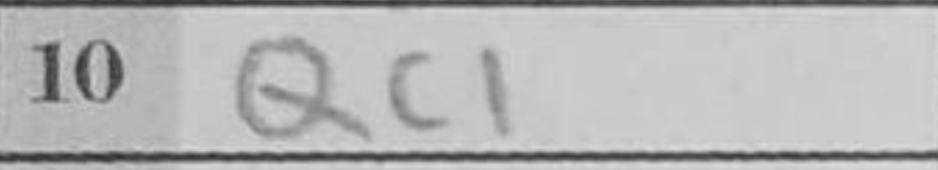
Transcription: Qc1